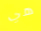
هي